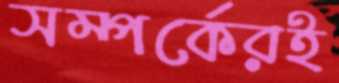
সম্পর্কেরই